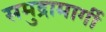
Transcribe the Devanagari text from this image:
समुद्रामार्गी